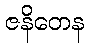
ဇနိတေန